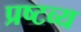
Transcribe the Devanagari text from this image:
प्रष्टव्य